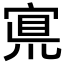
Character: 𡩇